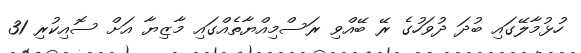
ހުޅުމާލޭގައި ބުދަ ދުވަހުގެ ރޭ ބޭއްވި ރަސްމިއްޔާތެއްގައި މާޒިޔާ އަށް ސޮއިކުރި 31